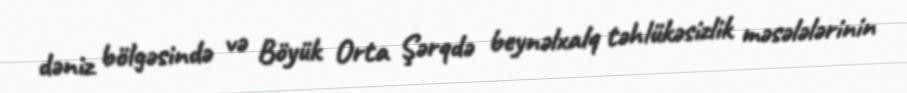
dəniz bölgəsində və Böyük Orta Şərqdə beynəlxalq təhlükəsizlik məsələlərinin